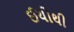
ઈયોથી